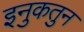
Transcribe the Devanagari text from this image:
इनुकतुन